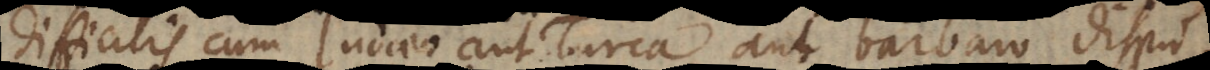
difficilis cum Judaeo aut Turca aut barbaro disputatio